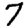
Digit: 7